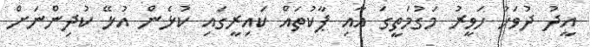
އީދު ދުވަހު ހަވީރު މަގުމަތީގަ އާއި ޕާކުތައް ކައިރީގައި ކުޅެން އުޅޭ ކުދިންނަށް